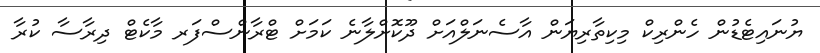
ޔުނައިޓެޑުން ހެންރިކް މިކިތާރިޔަން އާސެނަލްއަށް ދޫކޮށްލާނެ ކަމަށް ޓްރާންސްފަރ މާކެޓް ދިރާސާ ކުރާ